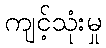
ကျင့်သုံးမှု